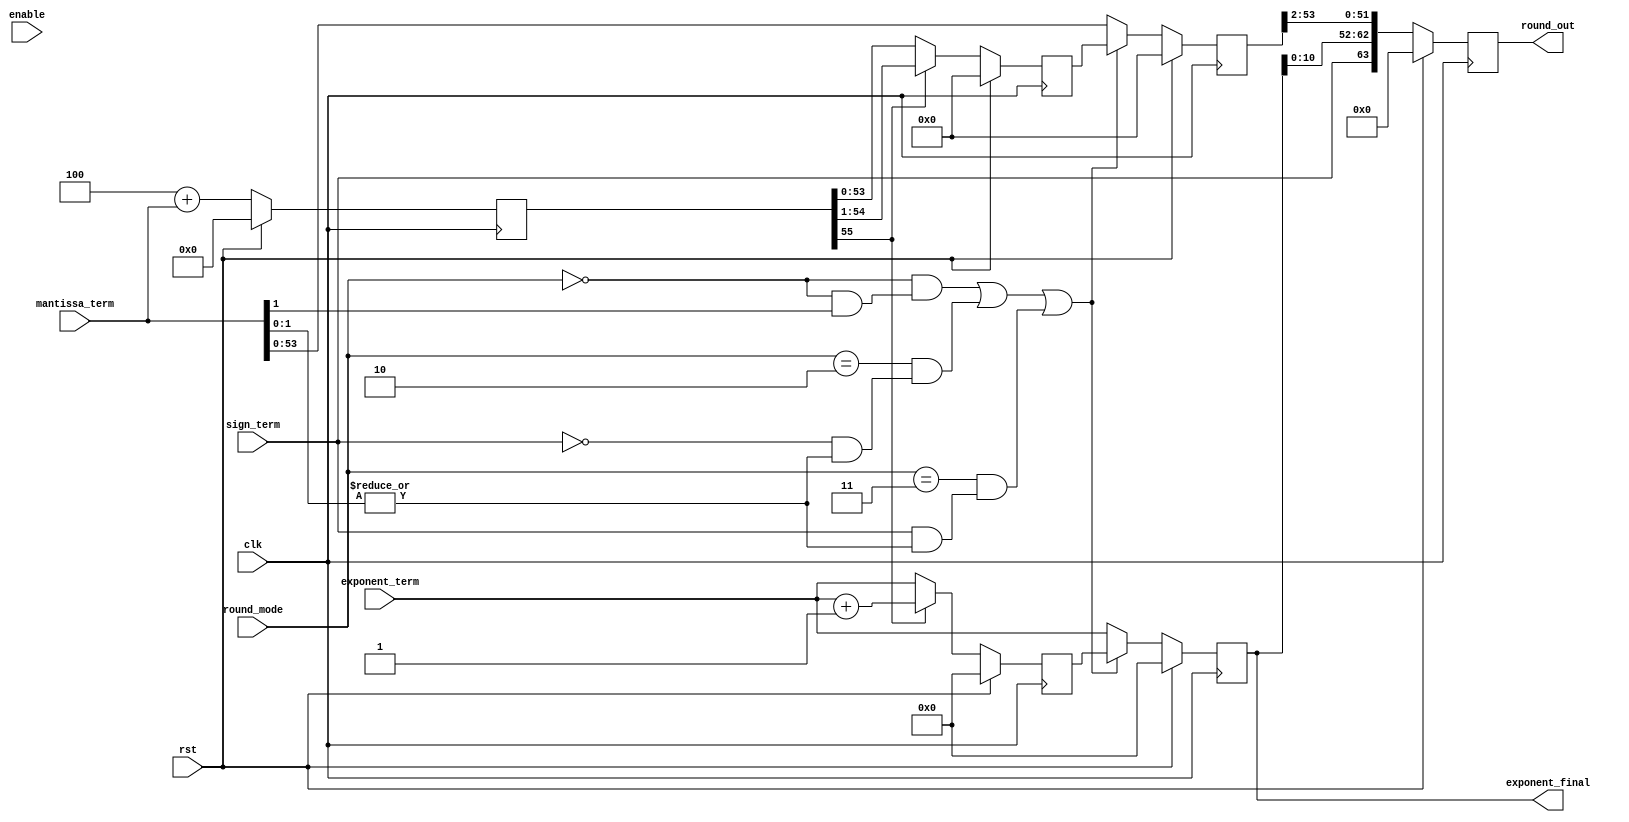
module fpu_round( clk, rst, enable, round_mode, sign_term, 
mantissa_term, exponent_term, round_out, exponent_final);
input		clk;
input		rst;
input		enable;
input	[1:0]	round_mode;
input		sign_term;
input	[55:0]	mantissa_term;
input	[11:0]	exponent_term;
output	[63:0]	round_out;
output	[11:0]	exponent_final;
wire	[55:0] rounding_amount = { 53'b0, 1'b1, 2'b0};
wire	round_nearest = (round_mode == 2'b00);
wire	round_to_zero = (round_mode == 2'b01);
wire	round_to_pos_inf = (round_mode == 2'b10);
wire	round_to_neg_inf = (round_mode == 2'b11);
wire 	round_nearest_trigger = round_nearest &  mantissa_term[1]; 
wire	round_to_pos_inf_trigger = !sign_term & |mantissa_term[1:0]; 
wire	round_to_neg_inf_trigger = sign_term & |mantissa_term[1:0];
wire 	round_trigger = ( round_nearest & round_nearest_trigger)
						| (round_to_pos_inf & round_to_pos_inf_trigger) 
						| (round_to_neg_inf & round_to_neg_inf_trigger);
reg	  [55:0] sum_round;
wire	sum_round_overflow = sum_round[55]; 
reg	  [55:0] sum_round_2;
reg   [11:0] exponent_round;
reg	  [55:0] sum_final; 
reg   [11:0] exponent_final;
reg   [63:0] round_out;
always @(posedge clk) 
	begin
		if (rst) begin
			sum_round <= 0;
			sum_round_2 <= 0;
			exponent_round <= 0;
			sum_final <= 0; 
			exponent_final <= 0;
			round_out <= 0;
		end
		else begin
			sum_round <= rounding_amount + mantissa_term;
			sum_round_2 <= sum_round_overflow ? sum_round >> 1 : sum_round;
			exponent_round <= sum_round_overflow ? (exponent_term + 1) : exponent_term;
			sum_final <= round_trigger ? sum_round_2 : mantissa_term; 
			exponent_final <= round_trigger ? exponent_round : exponent_term;
			round_out <= { sign_term, exponent_final[10:0], sum_final[53:2] };
			end
	end
endmodule